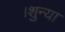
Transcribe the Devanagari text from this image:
।शुन्या